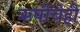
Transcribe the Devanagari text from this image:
ऋषींचेही